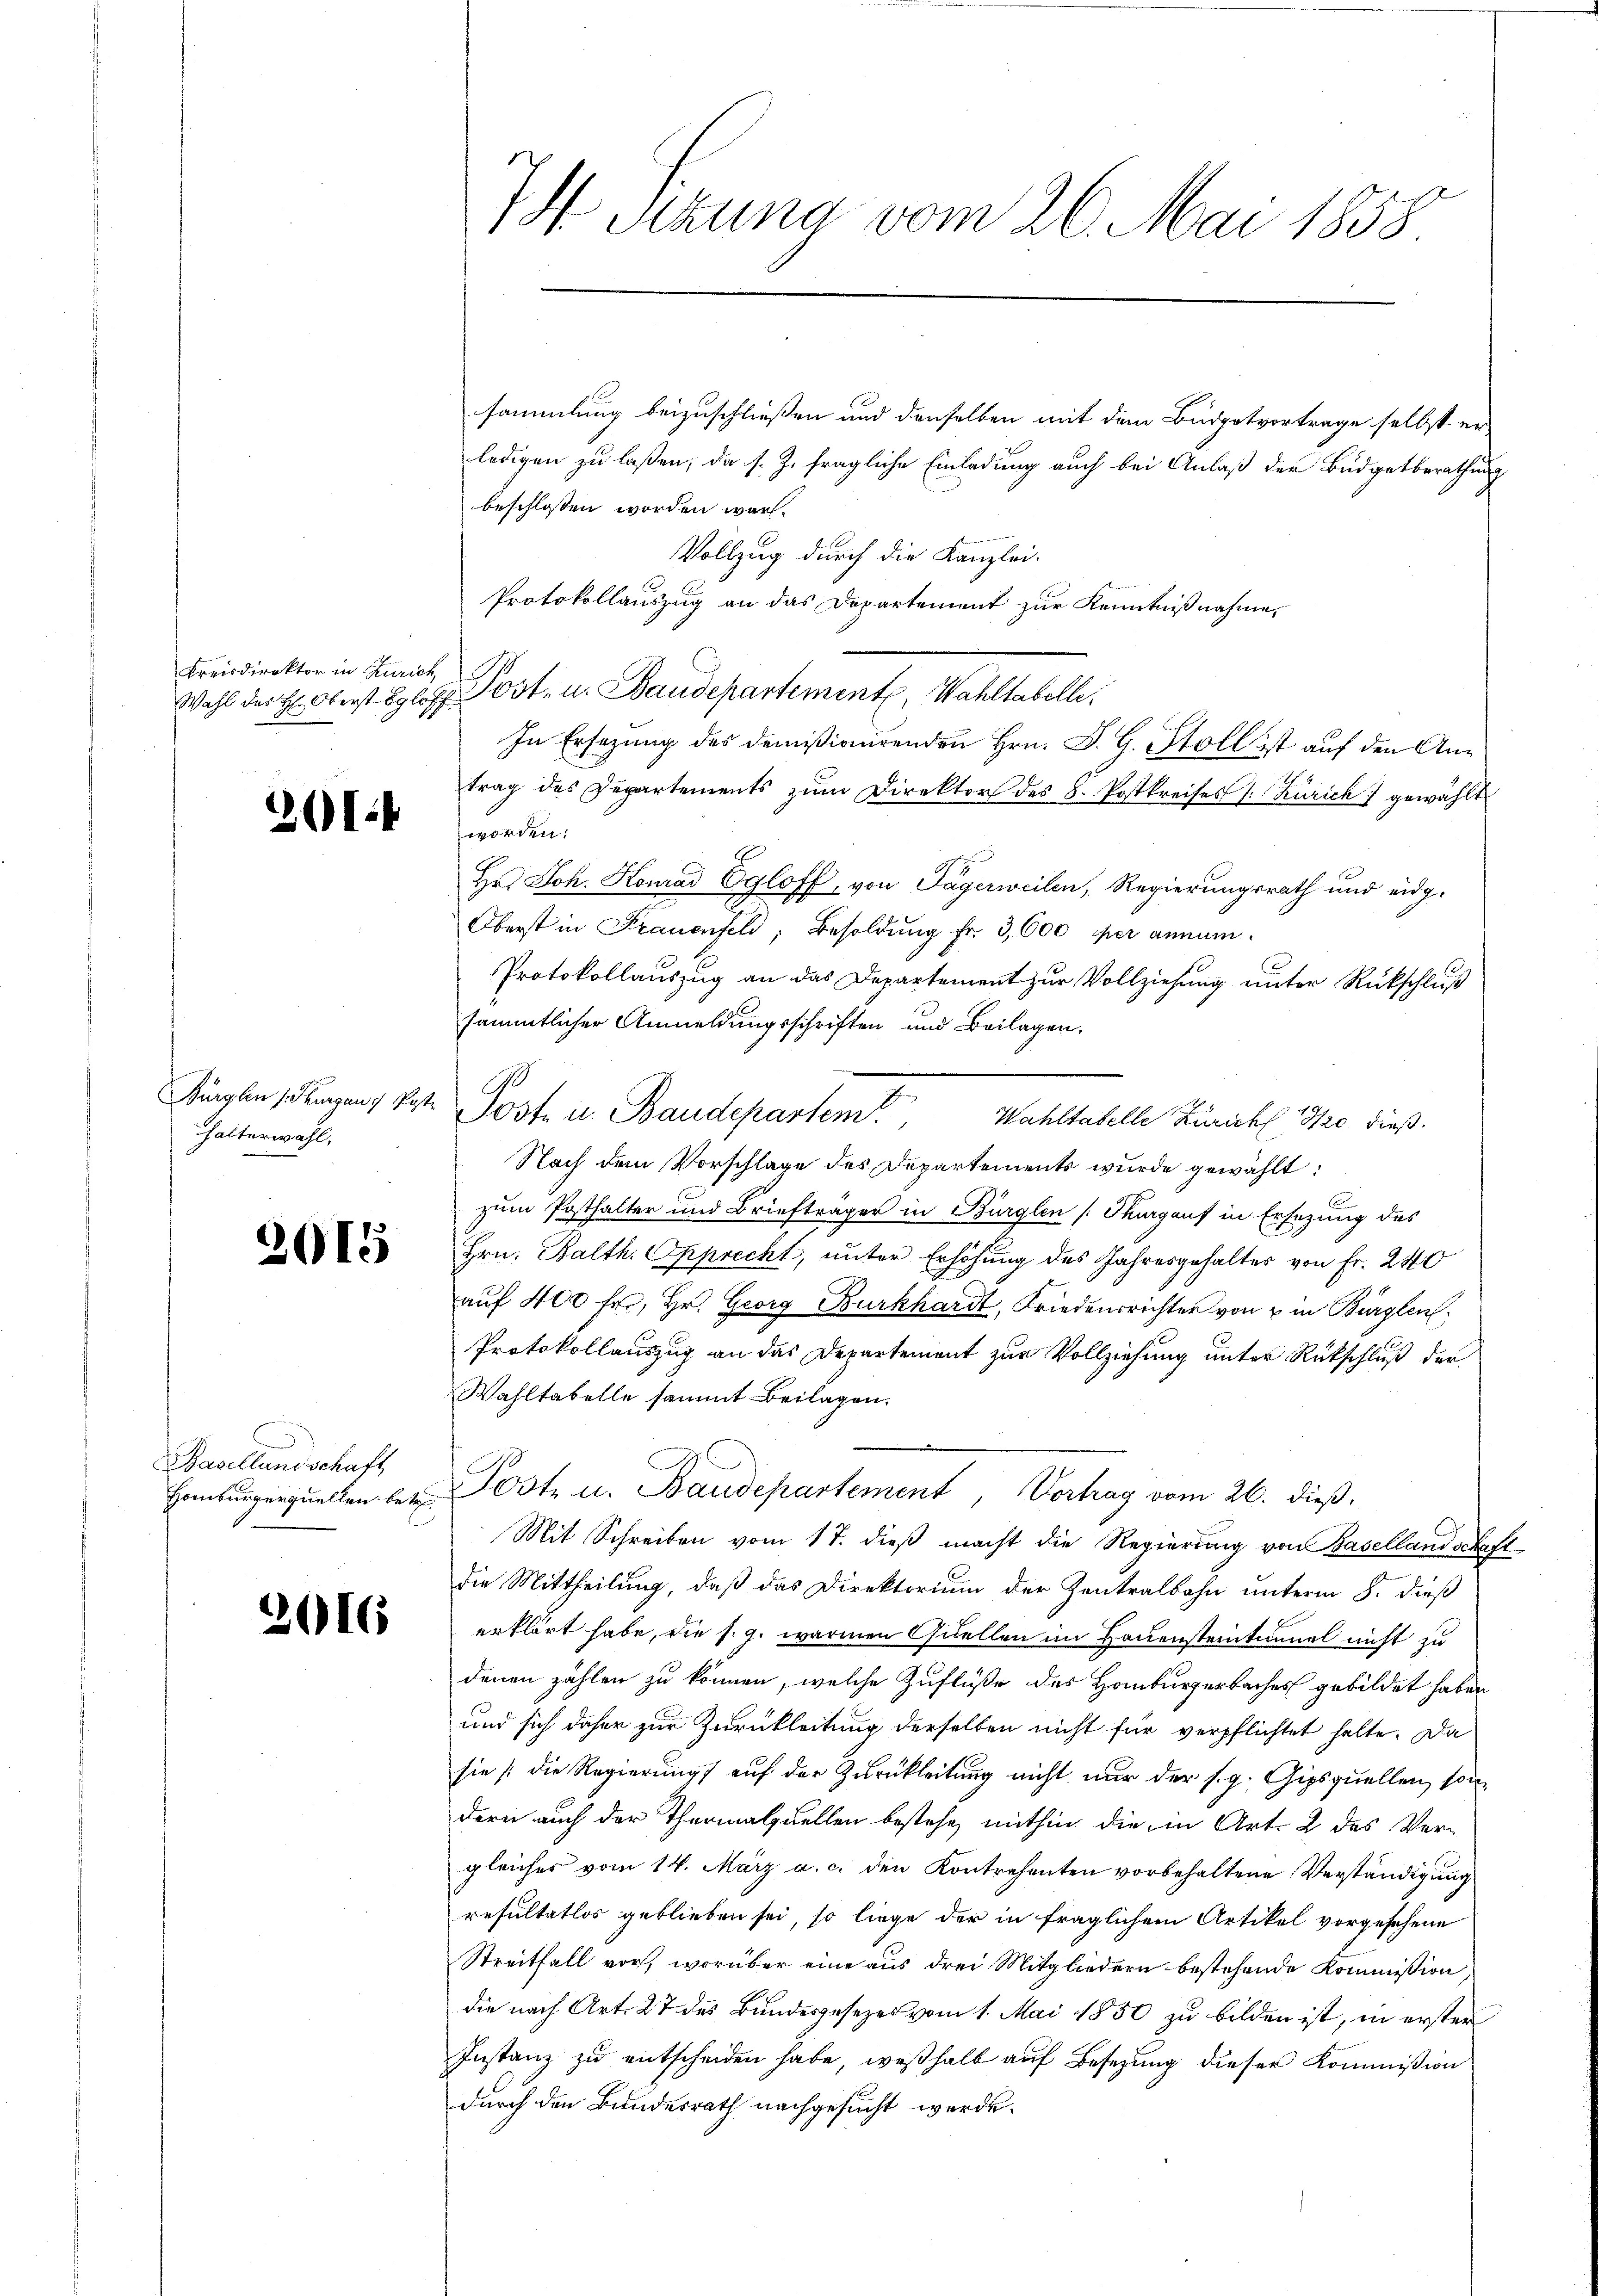
Kreisdirektor in Zürich,

201.

Bürglen 1. Thurgau / Post.
halterwahl,

2015

Basellandschaft,
Homburgerquellen betr.

2016

7 Pezuna vom 26. Mai 1858

sammlung beizuschließen und denselben mit dem Büdgetvortrage selbst er
ledigen zu laßen, da s. Z. fragliche Einladung auch bei Anlaß der Budgetberathung
beschlossen worden war.
Vollzug durch die Kanzlei.
Protokollauszug an das Departement zur Kenntnißnahme,
Wahl der H: Oberst Egloff Post- u. Baudepartemente, Wahltabelle.
In Ersezung des domißionirenden Hrn. J. G. Stoll ist auf den Antrag des Departements zŭm Direktor des 8. Postkreises /: Zürich gewählt
worden.
7
Hr. Joh. Konrad Egloff, von Tagerweilen, Regierungsrath und eidg.
Oberst in Frauenfeld, Besoldung fr. 3,600 per annum.
Protokollauszug an das Departement zur Vollziehung unter Rückschluß
sämmtlicher Anmeldungsschriften und Beilagen,
Nach dem Vorschlage des Departement wurde gewählt:
zum Posthalter und Briefträger in Bürglen (Thurgaus in Ersezung des
Hrn. Balth. Opprecht, unter Erhöhung des Jahresgehalter von Fr. 240
aŭf 400 fr, Hr. Georg Burkhardt, Friedensrichter von u in Bürglen,
Protokollauszug an das Departement zur Vollziehung unter Rückschluß der
Wahltabelle sammt Beilagen.
Poste u. Baudepartement, Vertrag vom 26. dieß.
Mit Schreiben vom 17. dieß macht die Regierung von Basellandschaft
die Mittheilung, daß das Direktorium der Zentralbahn unterm 8. dieß
erklärt habe, die s. g. warmen Quellen im Hauensteintunnel nicht zu
denen zählen zu können, welche Zuflüße des Homburgerbaches gebildet haben
und sich daher zur Zurückleitung derselben nicht für verpflichtet halte. Da
sie (die Regierung auf der Zurückleitung nicht nur der s. g. Gipsquellen, son
dern auch der Thermalquellen bestehe, mithin die in Art. 2 des Ver-
gleiches vom 14. März a. c. den Kontrahenten vorbehaltene Verständigung
resultatlos geblieben sei, so liege der in fraglichem Artikel vorgesehene
Streitfall vor, worüber eine aus drei Mitgliedern bestehende Kommission,
die nach Art. 27 des Bundesgesezes vom 1. Mai 1850 zu bilden ist, in erster
Instanz zu entscheiden habe, weßhalb auf Besetzung dieser Kommißion
durch den Bundesrath nachgesucht werde.

Poste u. Baudepartem Wahltabelle Zürich 19/20. dieß¬